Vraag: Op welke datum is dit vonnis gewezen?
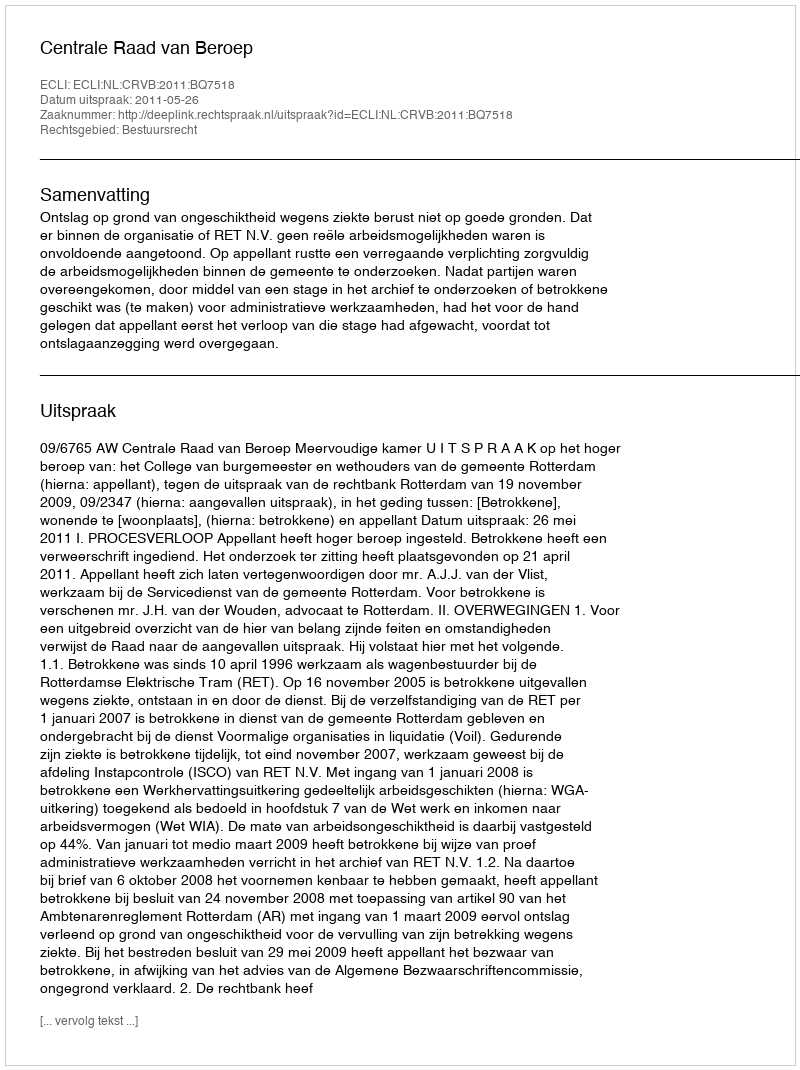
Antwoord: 2011-05-26